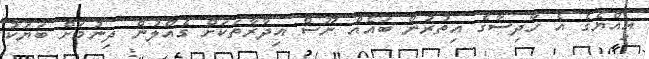
އިއްޔެގެ އެ ހާދިސާގެ އިތުރުން ބައެއް ނޫސް އިދާރާތަކަށް ގެއްލުން ދިނުމަށް ބަޔަކު